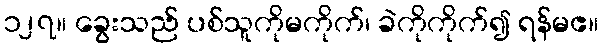
၁၂၇။ ခွေးသည် ပစ်သူကိုမကိုက်၊ ခဲကိုကိုက်၍ ရန်မဧ။